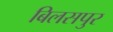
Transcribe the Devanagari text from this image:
बिलसपुर